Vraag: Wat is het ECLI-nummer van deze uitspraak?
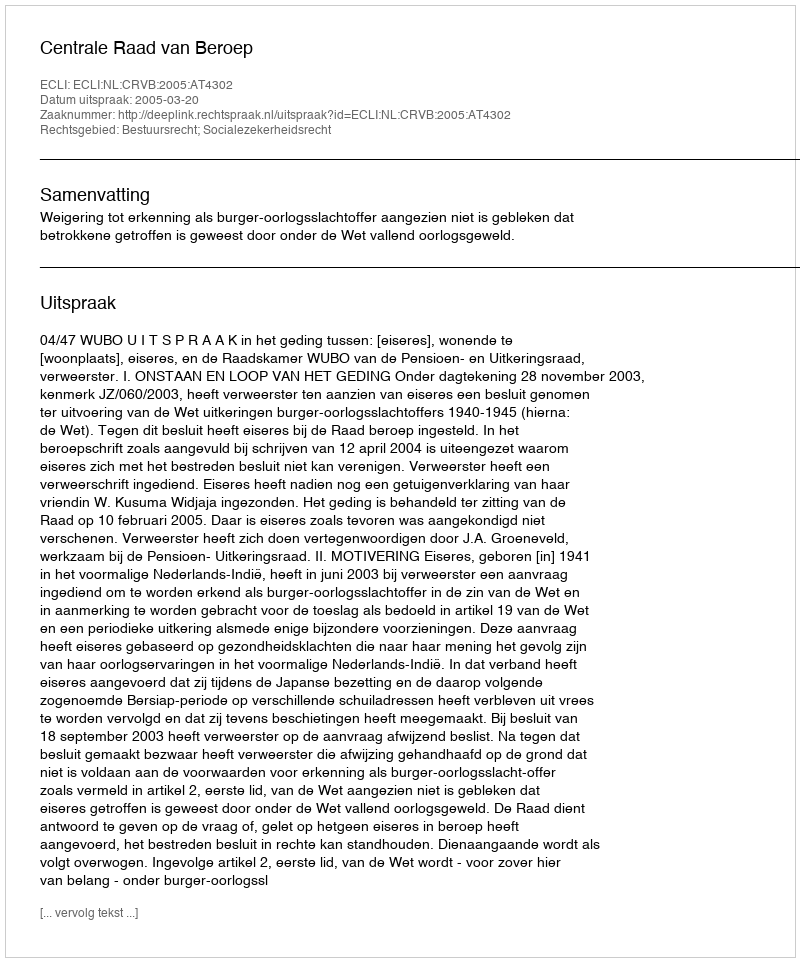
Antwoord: ECLI:NL:CRVB:2005:AT4302